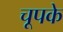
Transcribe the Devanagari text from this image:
चूपके